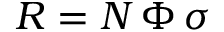
R = N \, \Phi \, \sigma